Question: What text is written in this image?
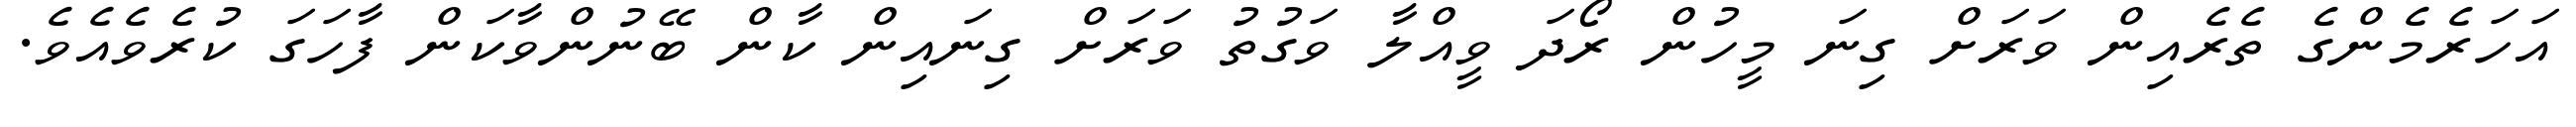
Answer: އަހަރެމެންގެ ތެރެއިން ވަރަށް ގިނަ މީހުން ރޯދަ ވީއްލާ ވަގުތު ވަރަށް ގިނައިން ކާން ބޭނުންވާކަން ފާހަގަ ކުރެވެއެވެ.